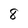
Character: 8